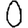
Digit: 0